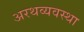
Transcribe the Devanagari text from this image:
अरथव्यवस्था